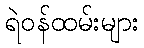
ရဲဝန်ထမ်းများ